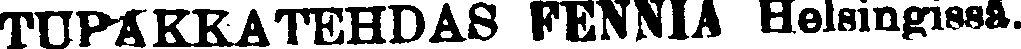
TUPAKKATEHDAS FENNIA Helsingissa.